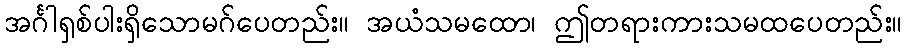
အင်္ဂါရှစ်ပါးရှိသောမဂ်ပေတည်း။ အယံသမထော၊ ဤတရားကားသမထပေတည်း။